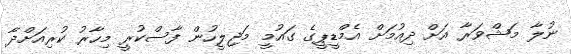
ނުލާ މަޝްވަރާ އަށް ދިއުމަށް އެމްޑީޕީގެ ގައުމީ މަޖިލީހުން ފާސްކުރީ މިހާރު ކުރިއަށްދާ